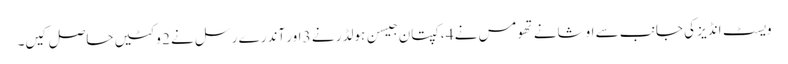
ویسٹ انڈیز کی جانب سے اوشانے تھومس نے 4 ، کپتان جیسن ہولڈر نے 3 اور آندرے رسل نے 2 وکٹیں حاصل کیں۔